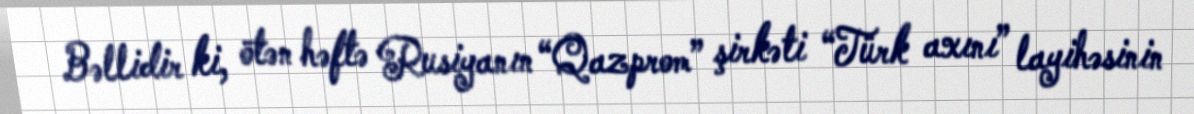
Bəllidir ki, ötən həftə Rusiyanın “Qazprom” şirkəti “Türk axını” layihəsinin